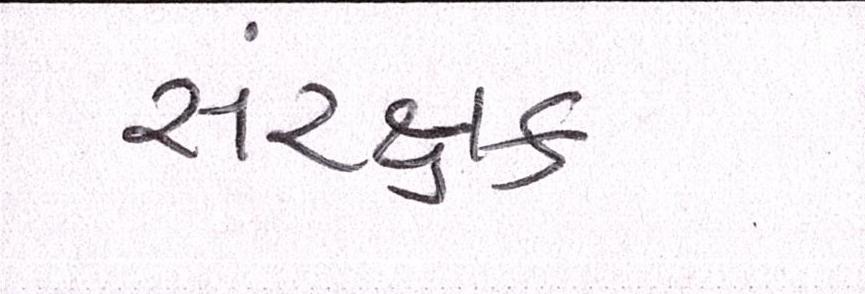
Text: સંરક્ષક